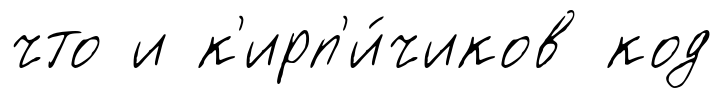
что и к'ирп'и́чиков код